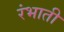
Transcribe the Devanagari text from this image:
रंभाती